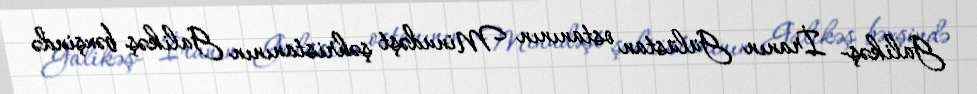
Galikəş- İranın Gülüstan ostanının Minudəşt şəhristanının Galikəş bəxşində